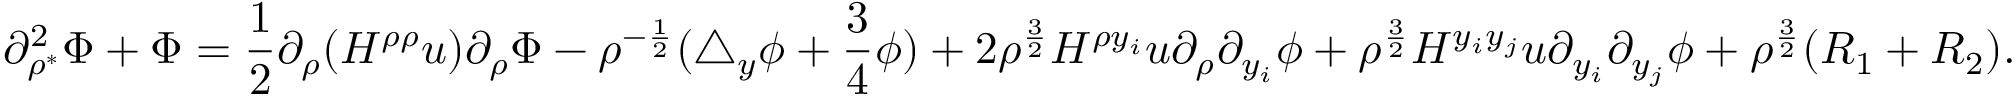
\partial _ { \rho ^ { * } } ^ { 2 } \Phi + \Phi = \frac 1 2 \partial _ { \rho } ( H ^ { \rho \rho } u ) \partial _ { \rho } \Phi - \rho ^ { - \frac 1 2 } ( \triangle _ { y } \phi + \frac 3 4 \phi ) + 2 \rho ^ { \frac 3 2 } H ^ { \rho y _ { i } } u \partial _ { \rho } \partial _ { y _ { i } } \phi + \rho ^ { \frac 3 2 } H ^ { y _ { i } y _ { j } } u \partial _ { y _ { i } } \partial _ { y _ { j } } \phi + \rho ^ { \frac 3 2 } ( R _ { 1 } + R _ { 2 } ) .